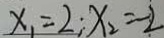
x _ { 1 } = 2 ; x _ { 2 } = - 2